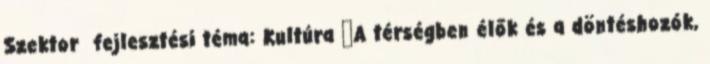
Szektor fejlesztési téma: Kultúra ▪A térségben élők és a döntéshozók,